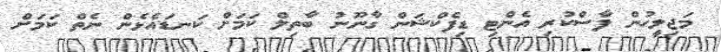
މަޖިލީހުން ފާސްކުރި އެންޓި ޑިފެކްޝަން ގާނޫނު ބާތިލް ކަމަށް ކަނޑައެޅެން ނެތް ކަމަށް